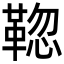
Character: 𩋚